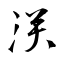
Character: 浂